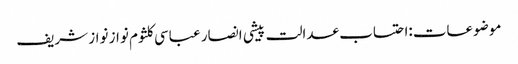
موضوعات:احتساب عدالت پیشی انصار عباسی کلثوم نواز نواز شریف